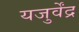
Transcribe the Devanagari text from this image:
यजुर्वेंद्र